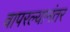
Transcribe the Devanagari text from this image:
वापरल्यानंतर